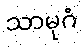
သာမုဂံ